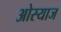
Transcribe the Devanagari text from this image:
ओस्याज